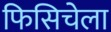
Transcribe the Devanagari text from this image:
फिसिचेला